Indian journal of veterinary science and animal husbandry - Volume 4,
Year: 1934
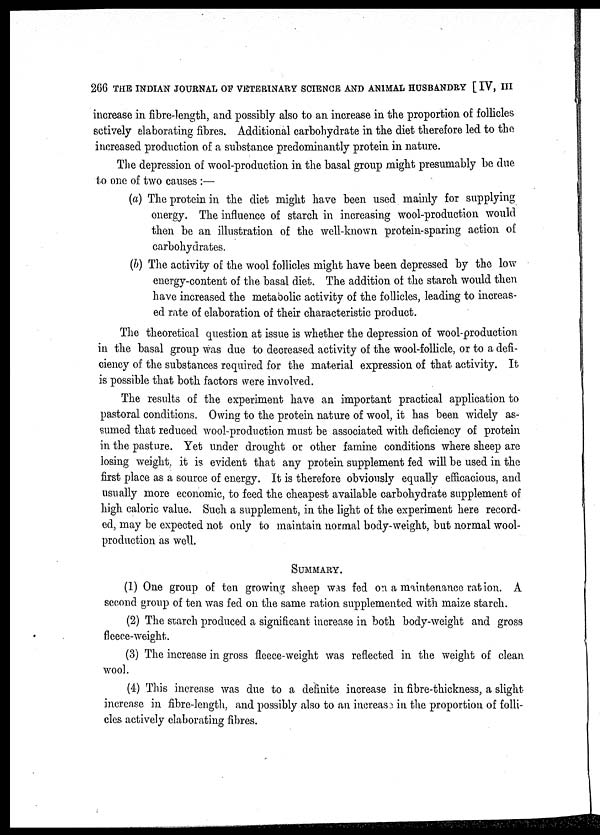
266 THE INDIAN JOURNAL OF VETERINARY SCIENCE AND ANIMAL HUSBANDRY [ IV, III
increase in fibre-length, and possibly also to an increase in the proportion of follicles
sctively elaborating fibres. Additional carbohydrate in the diet therefore led to the
increased production of a substance predominantly protein in nature.
The depression of wool-production in the basal group might presumably be due
to one of two causes :—
(a) The protein in the diet might have been used mainly for supplying
energy. The influence of starch in increasing wool-production would
then be an illustration of the well-known protein-sparing action of
carbohydrates.
(b) The activity of the wool follicles might have been depressed by the low
energy-content of the basal diet. The addition of the starch would then
have increased the metabolic activity of the follicles, leading to increas-
ed rate of elaboration of their characteristic product.
The theoretical question at issue is whether the depression of wool-production
in the basal group was due to decreased activity of the wool-follicle, or to a defi-
ciency of the substances required for the material expression of that activity. It
is possible that both factors were involved.
The results of the experiment have an important practical application to
pastoral conditions. Owing to the protein nature of wool, it has been widely as-
sumed that reduced wool-production must be associated with deficiency of protein
in the pasture. Yet under drought or other famine conditions where sheep are
losing weight it is evident that any protein supplement fed will be used in the
first place as a source of energy. It is therefore obviously equally efficacious, and
usually more economic, to feed the cheapest available carbohydrate supplement of
high caloric value. Such a supplement, in the light of the experiment here record-
ed, may be expected not only to maintain normal body-weight, but normal wool-
production as well.
SUMMARY.
(1) One group of ten growing sheep was fed on a maintenance ration. A
second group of ten was fed on the same ration supplemented with maize starch.
(2) The starch produced a significant increase in both body-weight and gross
fleece-weight.
(3) The increase in gross fleece-weight was reflected in the weight of clean
wool.
(4) This increase was due to a definite increase in fibre-thickness, a slight-
increase in fibre-length, and possibly also to an increase in the proportion of folli-
cles actively elaborating fibres.